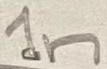
Text: 1n